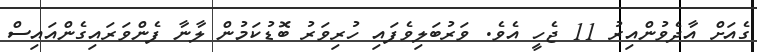
ގެއަށް އާދެވުންއިރު 11 ޖެހީ އެވެ. ވަރުބަލިވެފައި ހުރިވަރު ބޮޑުކަމުން ލާނާ ފެންވަރައިގެންއައިސް